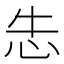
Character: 𰑆